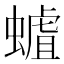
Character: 𧐅